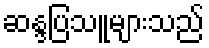
ဆန္ဒပြသူများသည်